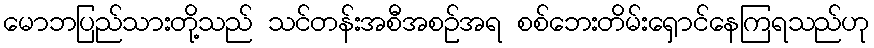
မောဘပြည်သားတို့သည် သင်တန်းအစီအစဉ်အရ စစ်ဘေးတိမ်းရှောင်နေကြရသည်ဟု